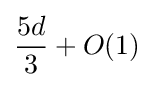
{\frac {5d}{3}}+O(1)